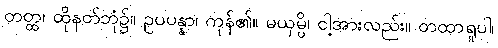
တတ္ထ၊ ထိုနတ်ဘုံ၌။ ဥပပန္နာ၊ ကုန်၏။ မယှမ္ပိ၊ ငါ့အားလည်း။ တထာရူပါ၊